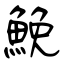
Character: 鮸